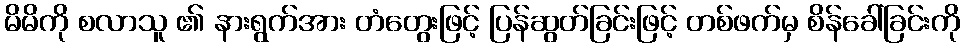
မိမိကို စလာသူ ၏ နားရွက်အား တံတွေးဖြင့် ပြန်ဆွတ်ခြင်းဖြင့် တစ်ဖက်မှ စိန်ခေါ်ခြင်းကို